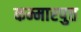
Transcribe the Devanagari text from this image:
कम्मारपुत्त